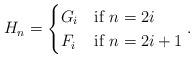
LaTeX: \begin{align*}H_n = \begin{cases}G_i &\mbox{if } n = 2i\\F_i &\mbox{if } n = 2i+1\end{cases}.\end{align*}